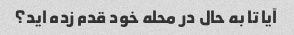
آیا تا به حال در محله خود قدم زده اید؟